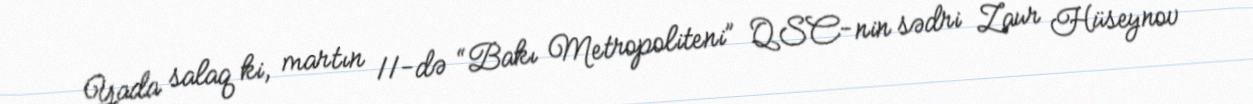
Yada salaq ki, martın 11-də “Bakı Metropoliteni” QSC-nin sədri Zaur Hüseynov